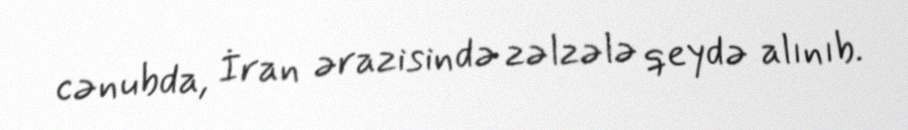
cənubda, İran ərazisində zəlzələ qeydə alınıb.